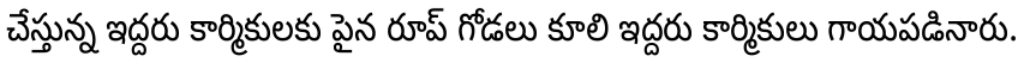
చేస్తున్న ఇద్దరు కార్మికులకు పైన రూప్ గోడలు కూలి ఇద్దరు కార్మికులు గాయపడినారు.